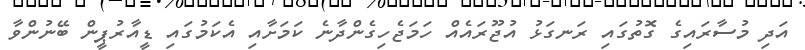
އަދި މުސާރައިގެ ގޮތުގައި ރަނގަޅު އުޖޫރައެއް ހަމަޖެހިގެންދާނެ ކަމަށާއި އެކަމުގައި ޑީއާރުޕީން ބޭނުންވާ